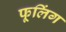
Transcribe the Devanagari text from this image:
फूलिंग